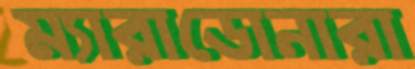
ম্যারাডোনারা